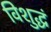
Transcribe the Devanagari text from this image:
विशुद्धं